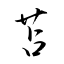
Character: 苫